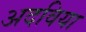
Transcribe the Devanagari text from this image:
अदविया